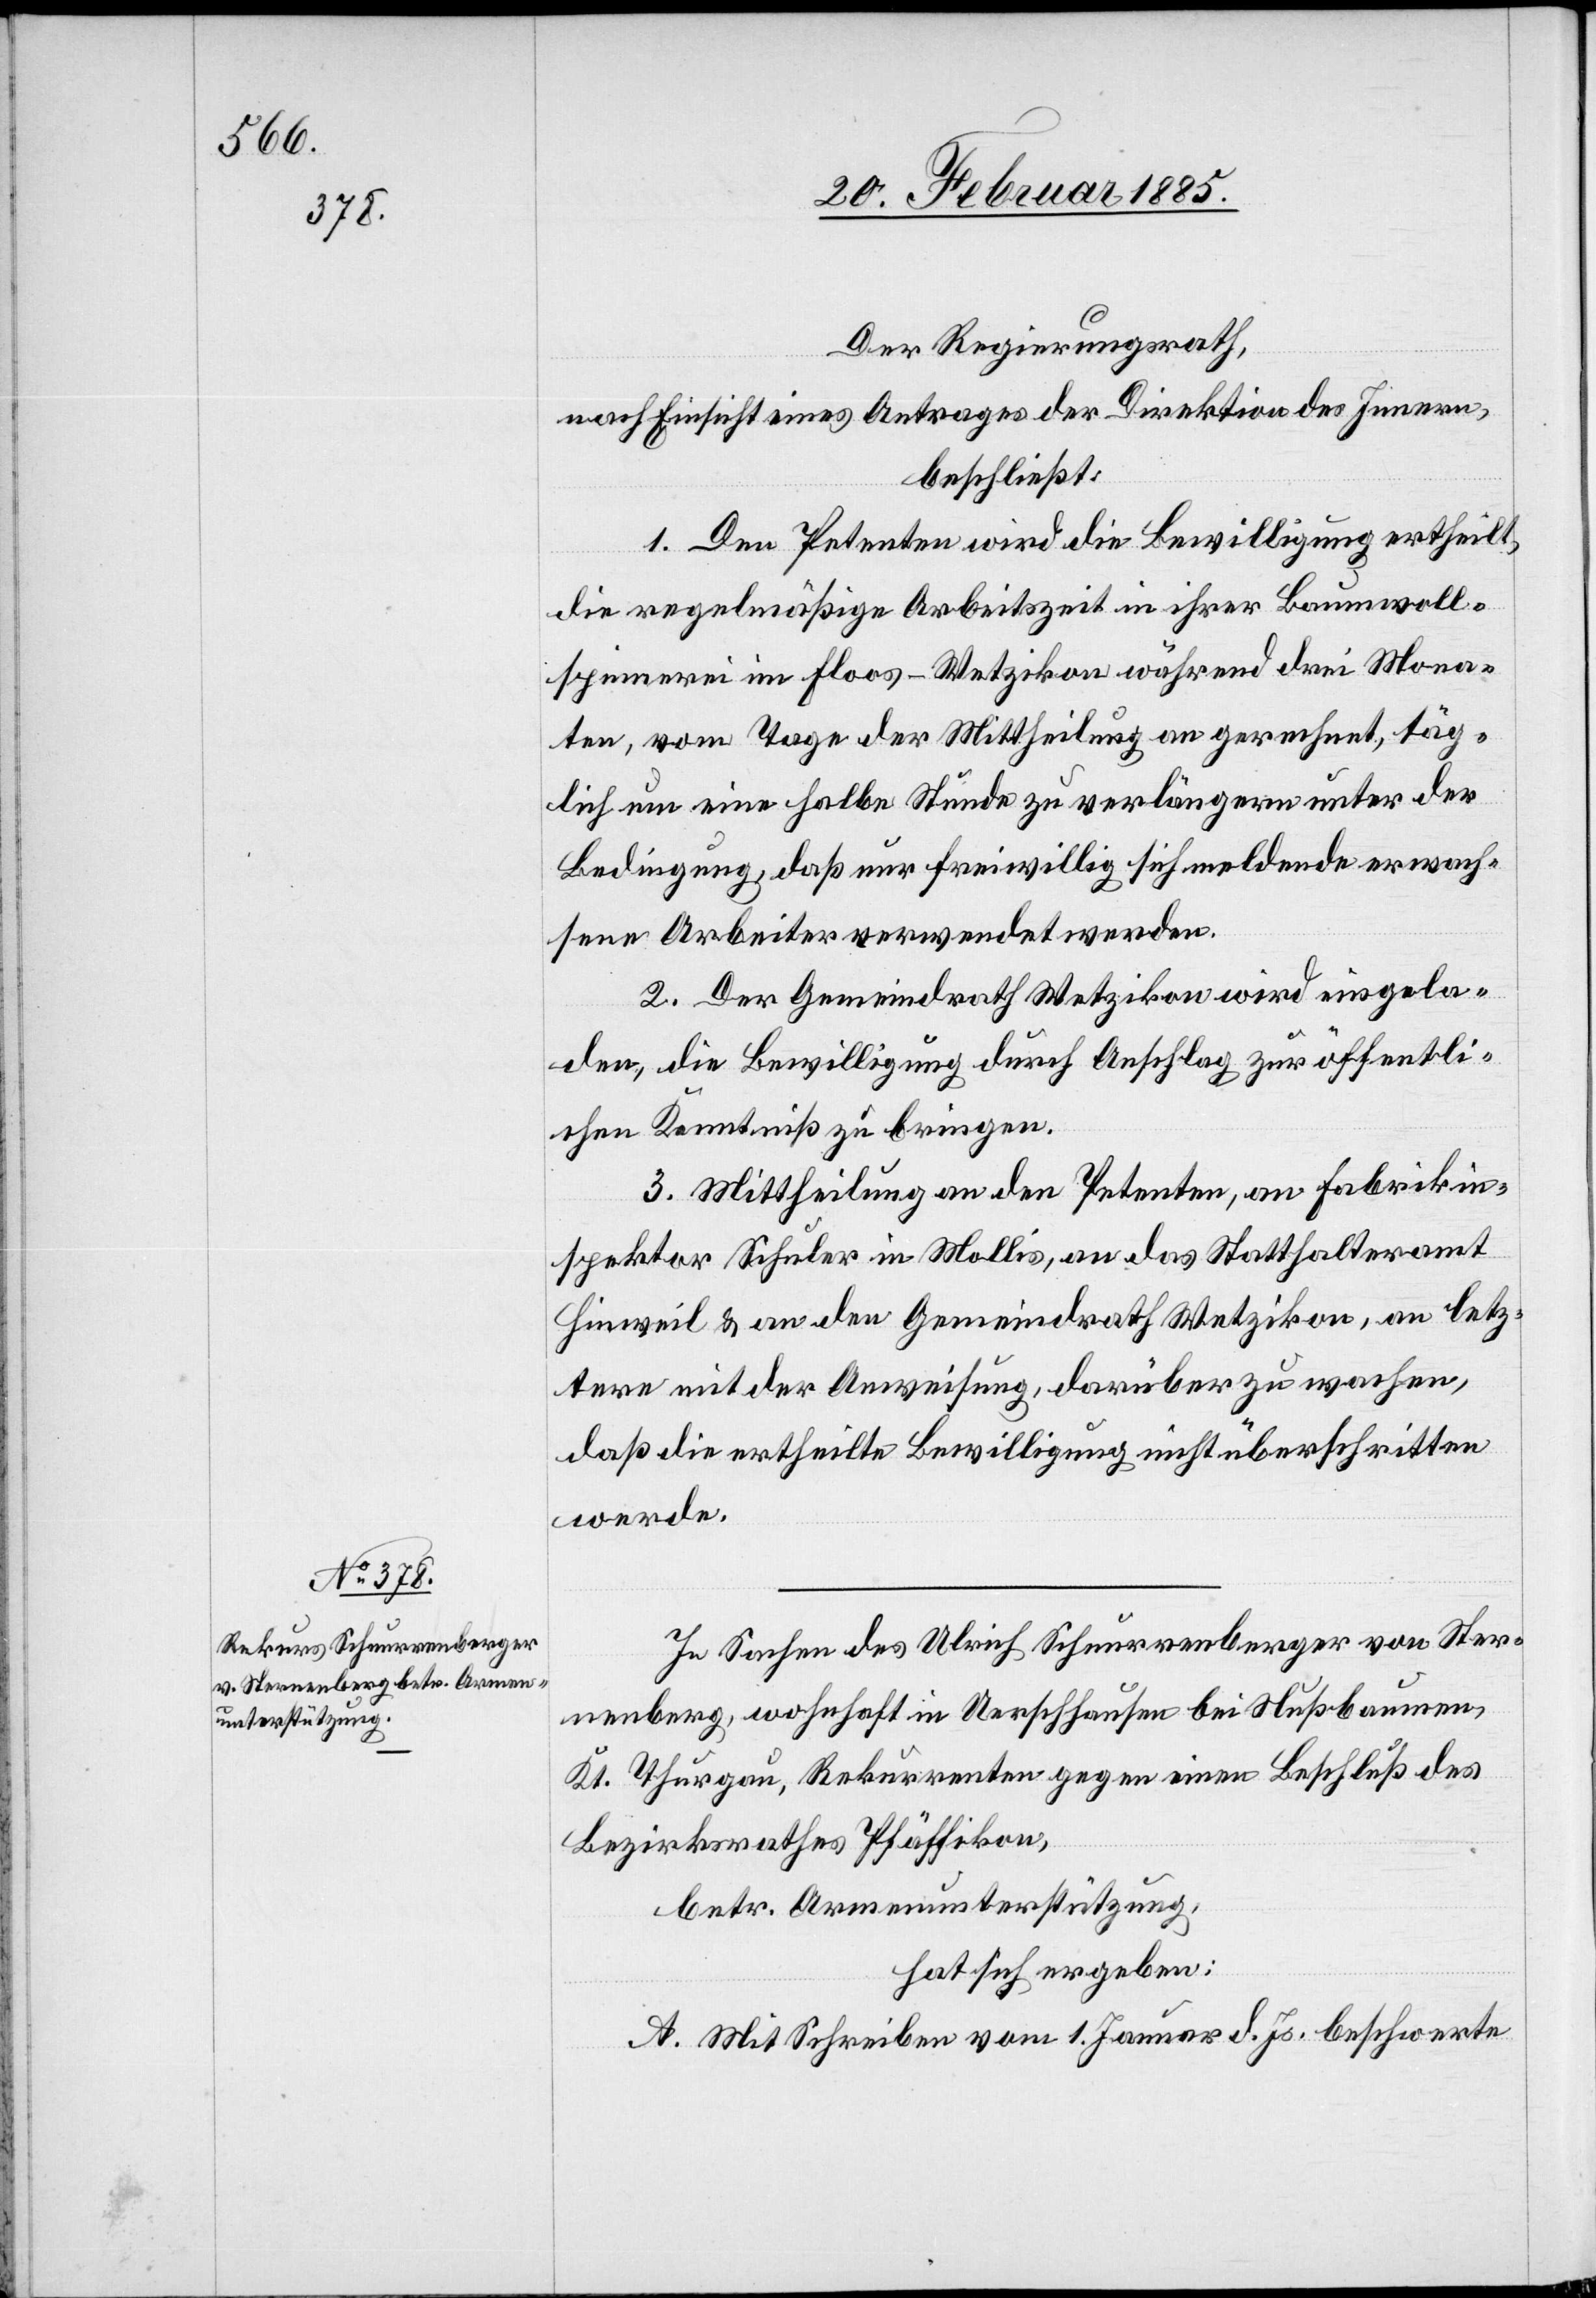
Der Regierungsrath,
nach Einsicht eines Antrages der Direktion des Innern,
beschließt:
1. Den Petenten wird die Bewilligung ertheilt,
die regelmäßige Arbeitszeit in ihrer Baumwoll¬
spinnerei im Floos - Wetzikon während drei Mona¬
ten, vom Tage der Mittheilung an gerechnet, täg¬
lich um eine halbe Stunde zu verlängern unter der
Bedingung, das nur freiwillig sich meldende erwach¬
sene Arbeiter verwendet werden.
2. Der Gemeindrath Wetzikon wird eingela¬
den, die Bewilligung durch Anschlag zur öffentli¬
chen Kenntniß zu bringen.
3. Mittheilung an den Petenten, an Fabrikin¬
spektor Schuler in Mollis, an das Statthalteramt
Hinweil & an den Gemeindrath Wetzikon, an letz¬
tern mit der Anweisung, darüber zu wachen,
das die ertheilte Bewilligung nicht überschritten
werde.
In Sachen des Ulrich Schnurrenberger von Ster¬
nenberg, wohnhaft in Uerschhausen bei Nußbaumen,
Kt. Thurau, Rekurrenten gegen einen Beschluß des
Bezirksrathes Pfäffikon,
betr. Armenunterstützung,
hat sich ergeben:
A. Mit Schreiben vom 1. Januar d. Js. beschwerte